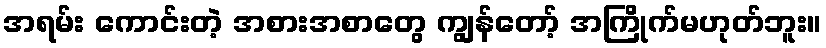
အရမ်း ကောင်းတဲ့ အစားအစာတွေ ကျွန်တော့် အကြိုက်မဟုတ်ဘူး။